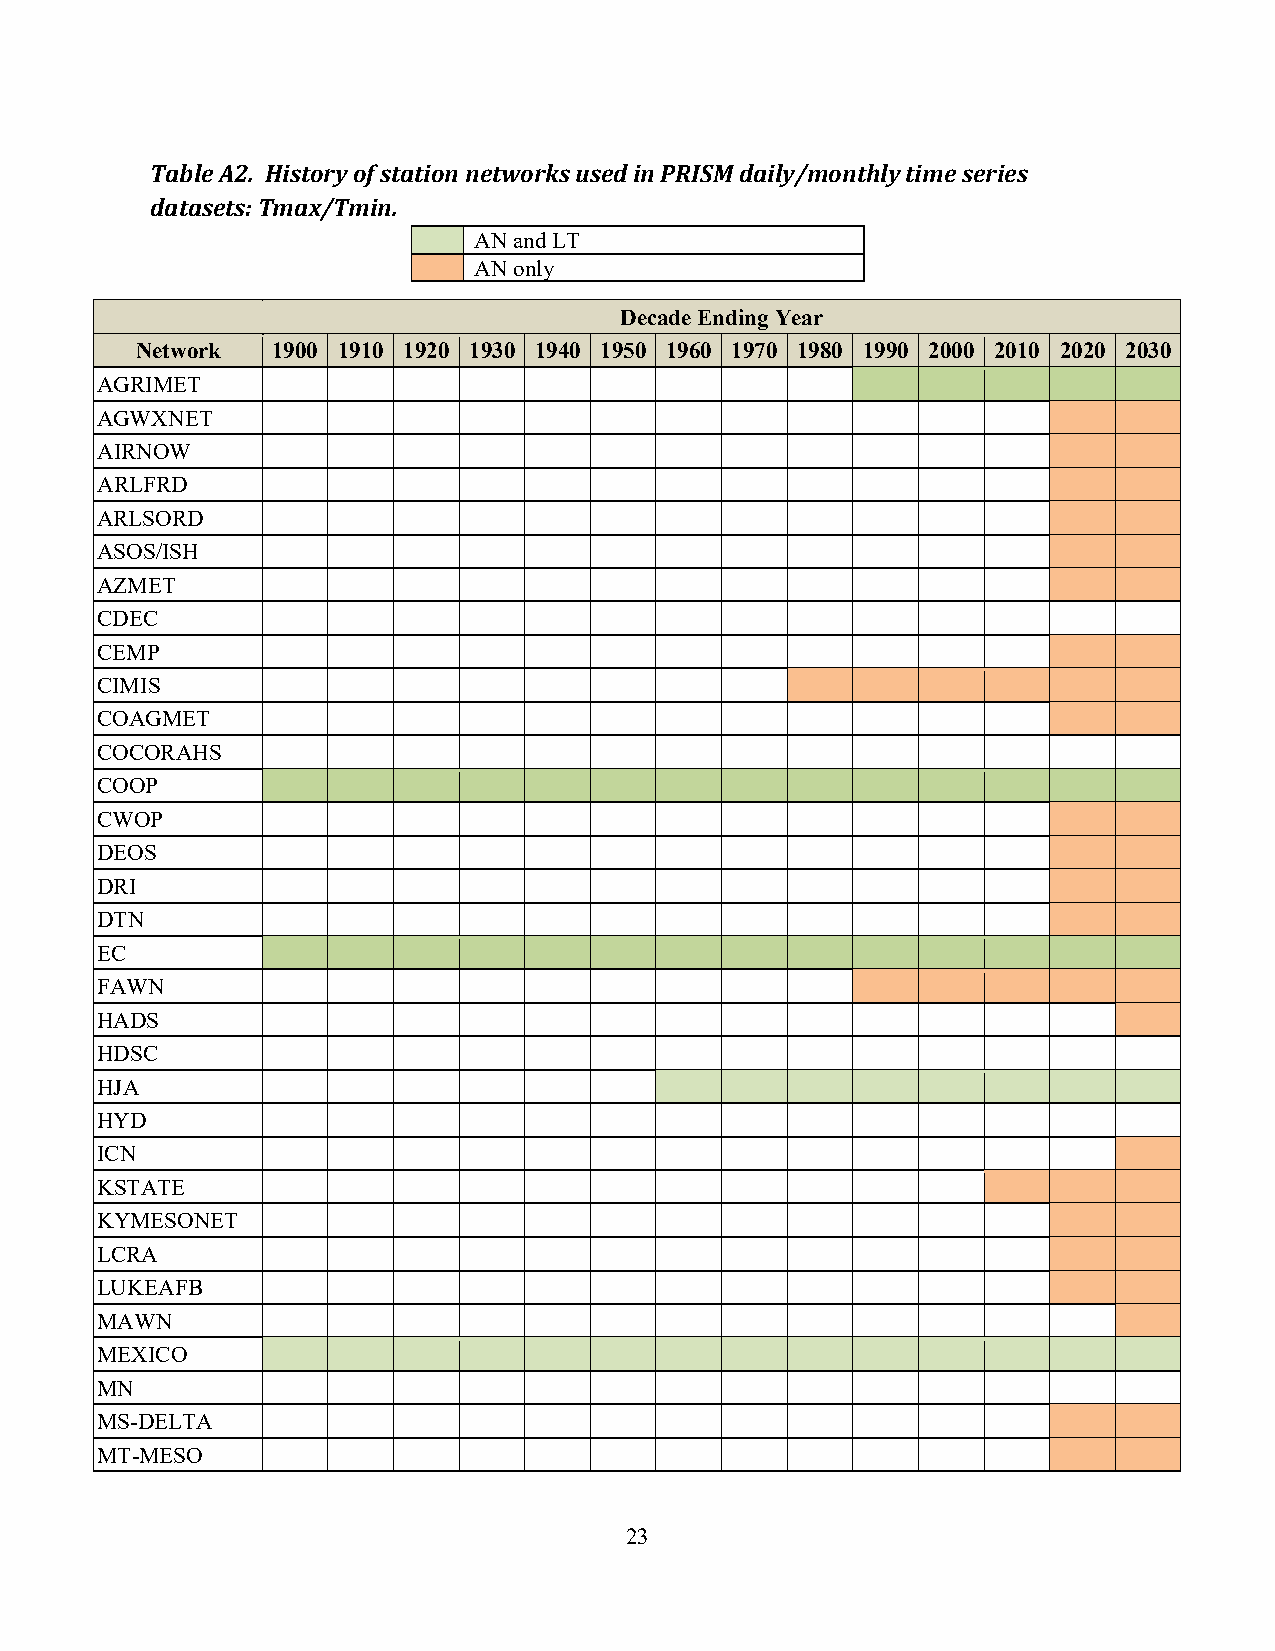
Table A2. History of station networks used in PRISM daily/monthly time series
 datasets: Tmax/Tmin.
 AN and LT
 AN only
 Decade Ending Year
 Network  1900 1910 1920 1930 1940 1950 1960 1970 1980 1990 2000 2010 2020 2030
 AGRIMET
 AGWXNET
 AIRNOW
 ARLFRD
 ARLSORD
 ASOS/ISH
 AZMET
 CDEC
 CEMP
 CIMIS
 COAGMET
 COCORAHS
 COOP
 CWOP
 DEOS
 DRI
 DTN
 EC
 FAWN
 HADS
 HDSC
 HJA
 HYD
 ICN
 KSTATE
 KYMESONET
 LCRA
 LUKEAFB
 MAWN
 MEXICO
 MN
 MS-DELTA
 MT-MESO
 23